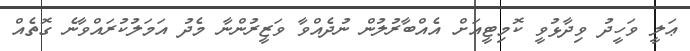
ޢަލީ ވަހީދު ވިދާޅުވީ ކޮމިޓީއަށް އެއްބާރުލުން ނުދެއްވާ ވަޒީރުންނާ މެދު އަމަލުކުރައްވާނެ ގޮތެއް